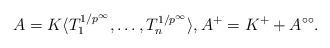
LaTeX: \begin{align*}A = K\langle T_1^{1/p^\infty}, \dots, T_n^{1/p^\infty}\rangle, A^+ = K^+ + A^{\circ\circ}.\end{align*}